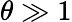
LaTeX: \theta\gg 1